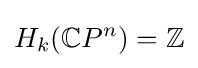
H_{k}(\mathbb {C} P^{n})=\mathbb {Z}